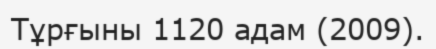
Тұрғыны 1120 адам (2009).